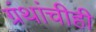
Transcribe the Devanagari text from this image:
ग्रंथांचीही